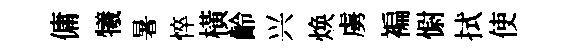
傭犧暑悴橫齡兴焕虜褊𢠢拭使